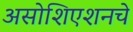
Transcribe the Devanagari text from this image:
असोशिएशनचे